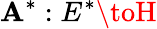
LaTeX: \mathbf{A}^{*}:E^{*}\toH